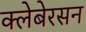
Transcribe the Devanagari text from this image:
क्लेबेरसन